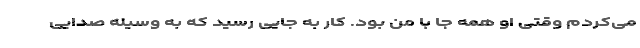
می‌کردم وقتی او همه جا با من بود. کار به جایی رسید که به وسیله صدایی